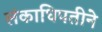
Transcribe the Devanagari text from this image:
लंकाधिपतीने